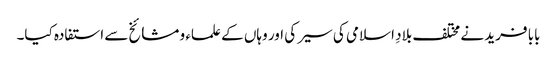
بابا فرید نے مختلف بلادِ اسلامی کی سیر کی اور وہاں کے علماء و مشائخ سے استفادہ کیا۔